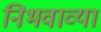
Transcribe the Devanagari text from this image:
निभवाव्या